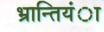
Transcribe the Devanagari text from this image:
भ्रान्तियंा